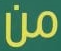
من